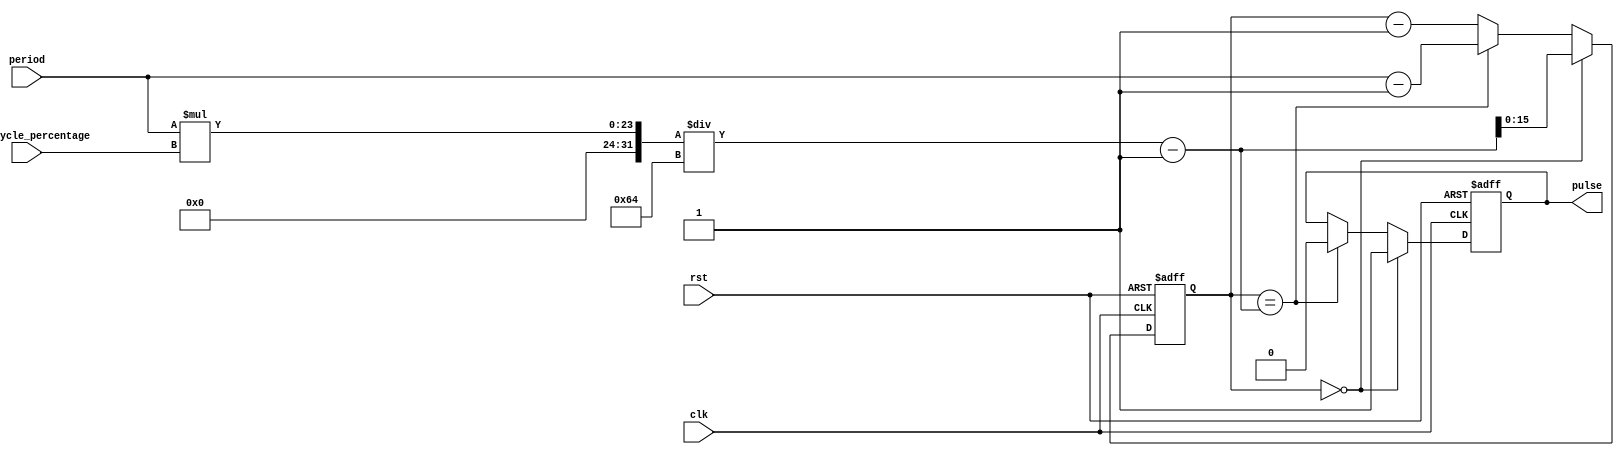
module DutyCyclePulseGenerator (
  input wire clk, // Clock signal
  input wire rst, // Reset signal
  input wire [15:0] period, // Period of the pulse
  input wire [7:0] duty_cycle_percentage, // Duty cycle percentage
  output reg pulse // Output pulse signal
);

reg [15:0] counter;

always @(posedge clk or posedge rst) begin
  if (rst) begin
    counter <= 0;
    pulse <= 0;
  end else begin
    if (counter == 0) begin
      pulse <= 1;
      counter <= period * duty_cycle_percentage / 100 - 1;
    end else if (counter == period * duty_cycle_percentage / 100 - 1) begin
      pulse <= 0;
      counter <= period - 1;
    end else begin
      counter <= counter - 1;
    end
  end
end

endmodule